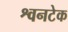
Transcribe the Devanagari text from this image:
श्वनटेक